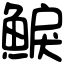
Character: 𩸭